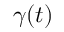
{ \boldsymbol \gamma } ( t )